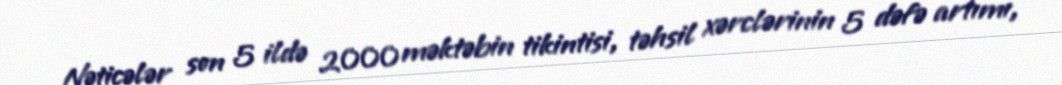
Nəticələr son 5 ildə 2000 məktəbin tikintisi, təhsil xərclərinin 5 dəfə artımı,